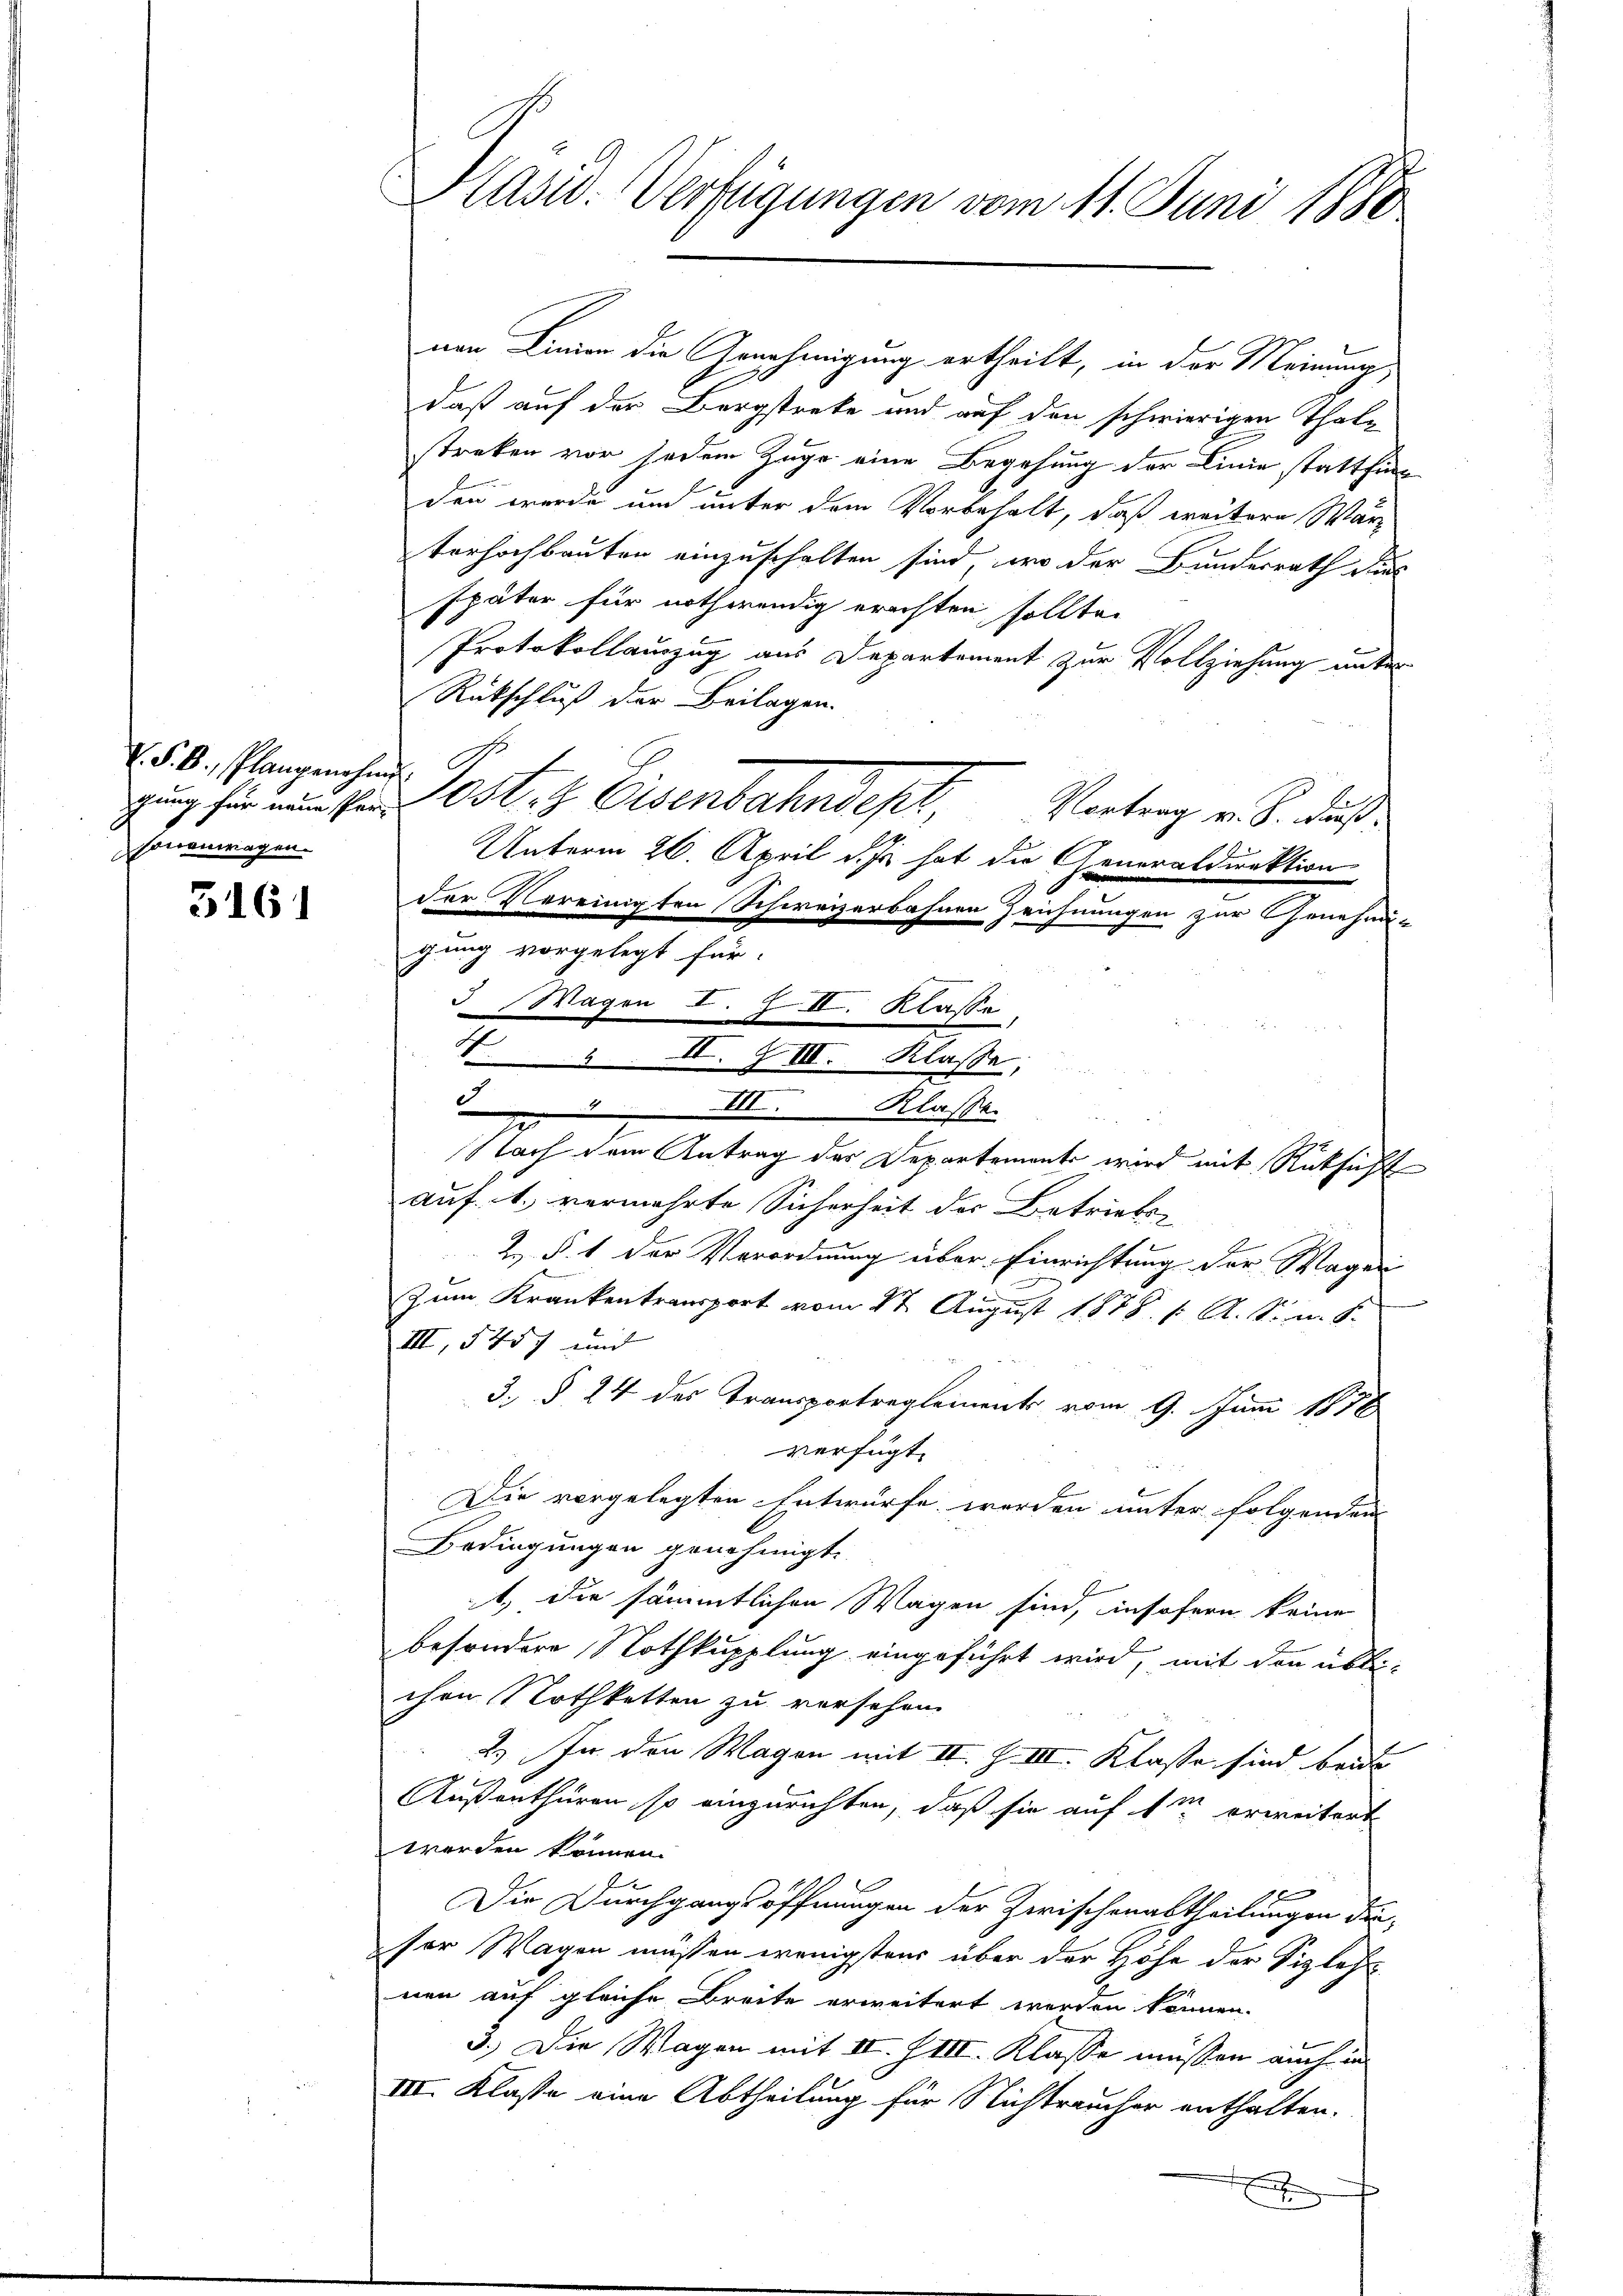
S. B. Plangenehmig
sonenwagen.

3161

Pasid. Verfügungen vom 11. Juni 1880

nen Linien die Genehmigung ertheilt, in der Meinung
daß auf der Bergstreke und auf den schwierigen Thalstreken vor jedem Zuge eine Begehung der Linie stattfinden werde und unter dem Vorbehalt, daß weitere Wärterhochbauten einzuschalten sind, wo der Bundesrath dies
später für nothwendig erachten sollte.
Protokollauszug aus Departement zur Vollziehung unter
Rückschluß der Beilagen.
dung für nun sein Ost, z. Eisenbahndept,
Vortrag v. J. Fuß.
Unterm 26. April d. Js. hat die Generaldirektion
der Vereinigten Schweizerbahnen Zeichnungen zur Genehmig
gung vorgelegt für:
3 Wagen I. Z III. Klasse
II. Klasse
Nach dem Antrag des Departements wird mit Rücksicht
auf. 1. vermehrte Sicherheit der Betriebs-
Z. §. 1 der Verordnung über Einrichtung der Wagen
Zum Krankentransport vom 1t August 1878. 1. A. S. n. F.
III, 5457 und
3. § 24 des Transportreglements vom 9. Juni 1876
verfügt:
Die vorgelegten Entwurfe werden unter folgenden
Bedingungen genehmigt.
, die sämmtlichen Wagen sind, insofern keine
besondere Nothkupplung eingeführt wird, mit den übli-
chen Nothketten zu versehen.
2.) In den Wagen mit III. J. III. Klasse sind beide
Außenthüren, so einzurichten, daß sie auf im erweitert
werden können.
x
Die Durchgangs öffnungen der Zwischenabtheilungen dieser Wagen müssen wenigstens über der Höhe der Sizles
nen auf gleiche Breite erweitert werden können.
3.) Die Wagen mit II. IIII. Klasse müssen auch in
III. Klasse eine Abtheilung für Nichtraucher enthalten.
t

42 II. G III. Klasse: